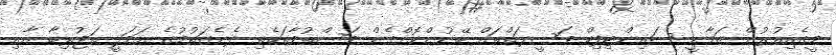
މީގެއިތުރުން ޒަމާނީ ސައިންޓިފިކް ވަސީލަތްތައް ބޭނުންކޮށްގެން މަސްތުވާތަކެތި ދެނެގަތުމުގެ ޢަމަލީ ތަޖުރިބާ އާއި